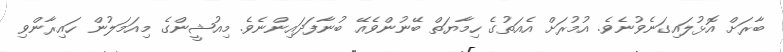
ބާރަށް އޮޅުލައިގަނެވުނެވެ. އުމުރަށް އެއަތުގެ ހިމާޔަތް ބޭނުންވެއޭ ބުނާފަދައިންނެވެ. މިއުޝީންގެ މިއަމަލުން ހައިރާންވި